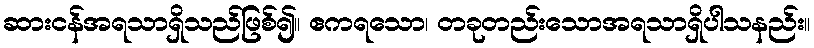
ဆားငန်အရသာရှိသည်ဖြစ်၍။ ဧကရသော၊ တခုတည်းသောအရသာရှိပါသနည်း။